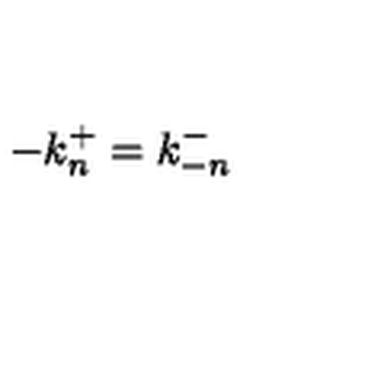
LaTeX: - k _ { n } ^ { + } = k _ { - n } ^ { - }